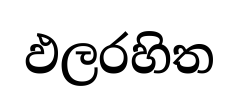
ඵලරහිත